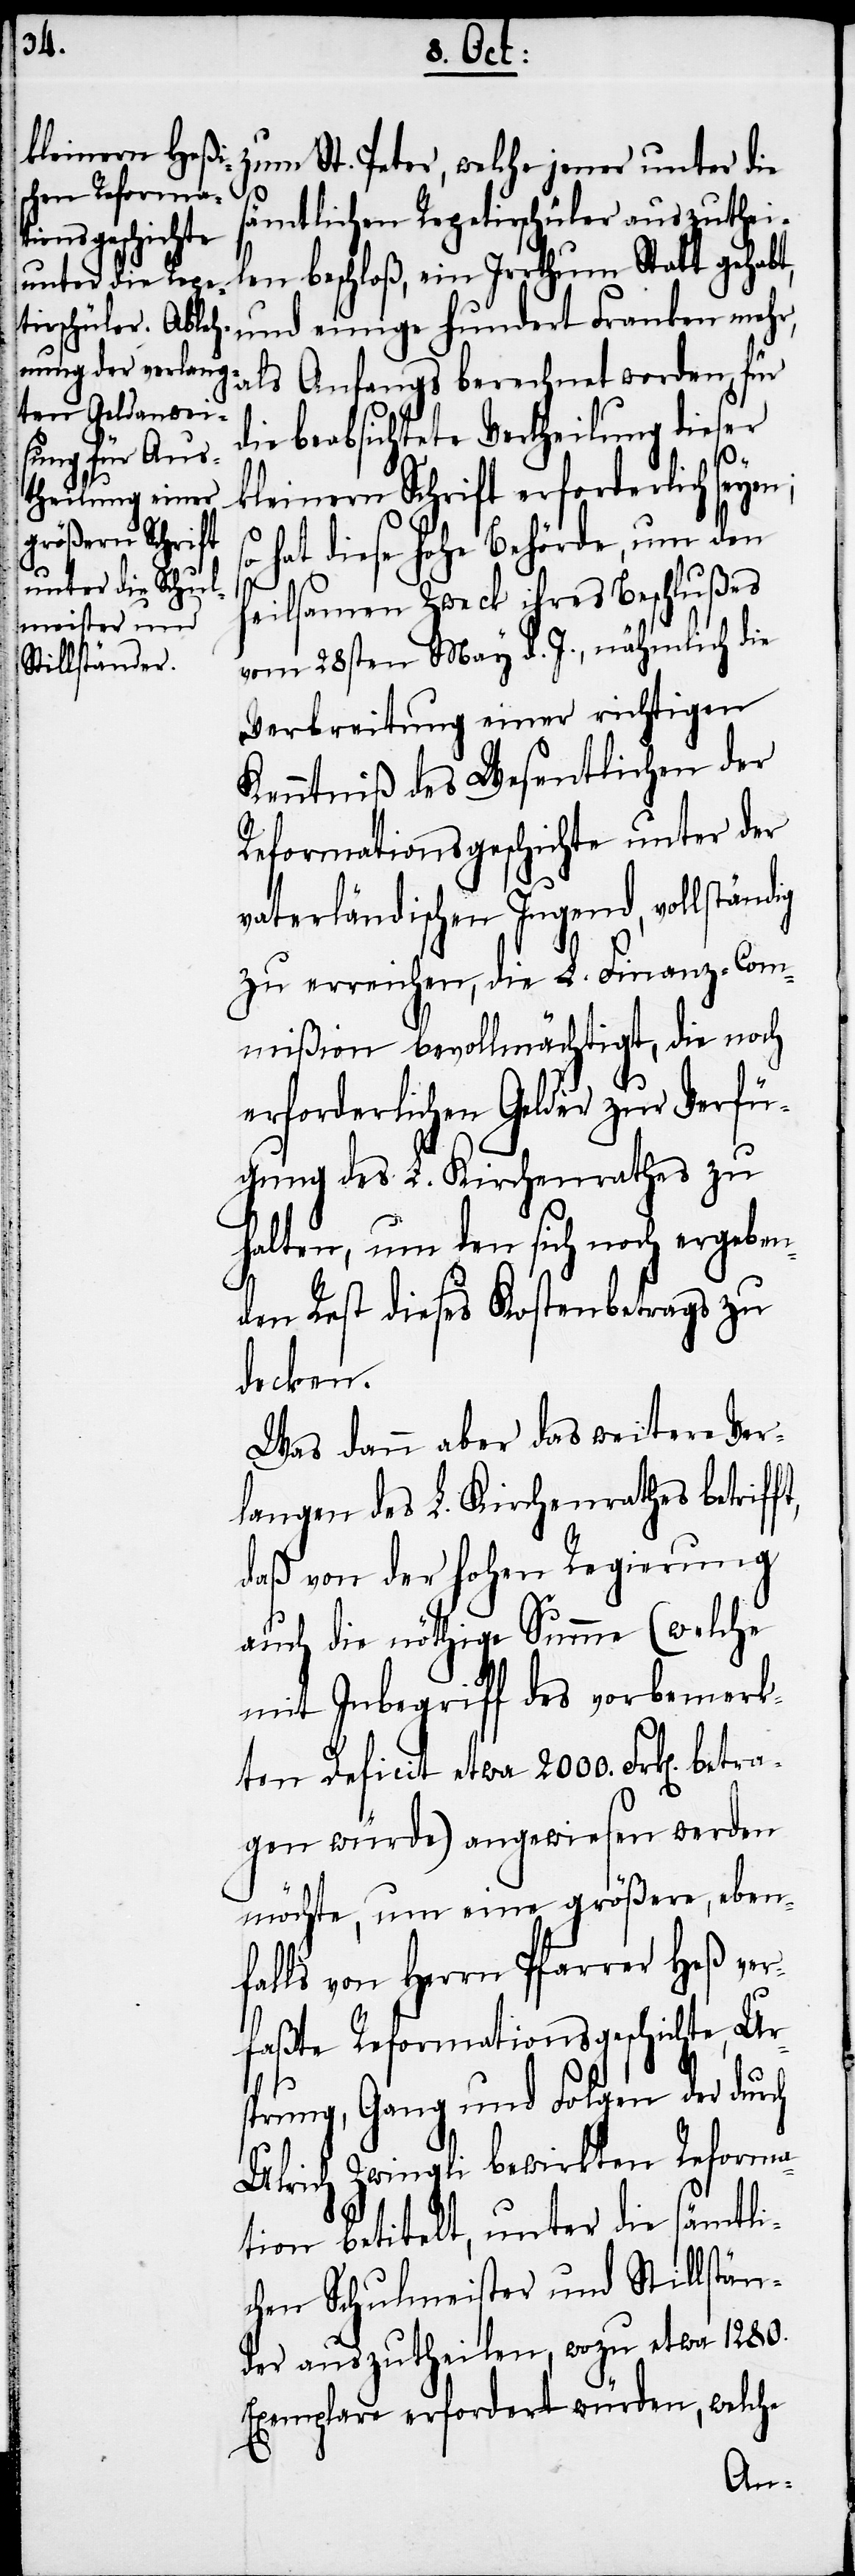
zum St. Peter, welche jener unter die
ämtlichen Repetirschüler auszuthei¬
len beschloß, ein Irrthum Statt gehabt,
und einige hundert Franken mehr,
als Anfangs berechnet worden, für
die beabsichtete Vertheilung dieser
kleinern Schrift erforderlich seye¬
hat diese hohe Behörde, um den
heilsamen Zweck ihres Beschlußes
vom 28sten May d. J., nähmlich die
Verbreitung einer richtigen
Kenntniß des Wesentlichen der
Reformationsgeschichte unter der
vaterländischen Jugend, vollständig
zu erreichen, die L. Finanz-Com¬
mißion bevollmächtigt, die noch
erforderlichen Gelder zur Verfü¬
gung des L. Kirchenrathes zu
halten, um den sich noch ergeben¬
den Rest dieses Kostenbetrags zu
decken.
Was dann aber das weitere Ver¬
langen des L. Kirchenrathes betriff¬
daß von der hohen Regierung
auch die nöthige Summe (welche
mit Inbegriff des vorbemerk¬
ten Deficit etwa 2000. Frk[en].
gen würde) angewiesen werden
möchte, um eine größere, eben¬
falls von Herrn Pfarrer Heß ver¬
betra¬
faßte Reformationsgeschichte, Ur¬
sprung, Gang und Folgen der durch
Ulrich Zwingli bewirkten Reforma¬
tion betitelt, unter die sämtli¬
chen Schulmeister und Stillstän¬
der auszutheilen, wozu etwa 1280.
Exemplare erfordert würden, welche